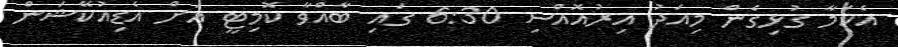
އެކަމާ ގުޅިގެން މިއަދު އިރުއޮއްސި 6:30 ގައި ބާއްވާ ކޮމިޓީ އަށް އެޑިިއުކޭޝަން